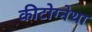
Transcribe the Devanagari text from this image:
कीटोग्नेथा